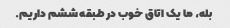
بله، ما یک اتاق خوب در طبقه ششم داریم.